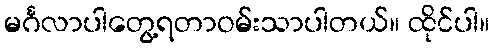
မင်္ဂလာပါတွေ့ရတာဝမ်းသာပါတယ်။ ထိုင်ပါ။